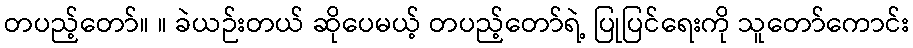
တပည့်တော်။ ။ ခဲယဉ်းတယ် ဆိုပေမယ့် တပည့်တော်ရဲ့ ပြုပြင်ရေးကို သူတော်ကောင်း